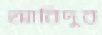
আবিদুর